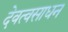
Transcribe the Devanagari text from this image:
देवत्वसाधन